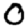
Digit: 0